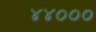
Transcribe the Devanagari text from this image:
४४०००